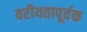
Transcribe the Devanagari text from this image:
वरीयतापूर्वक